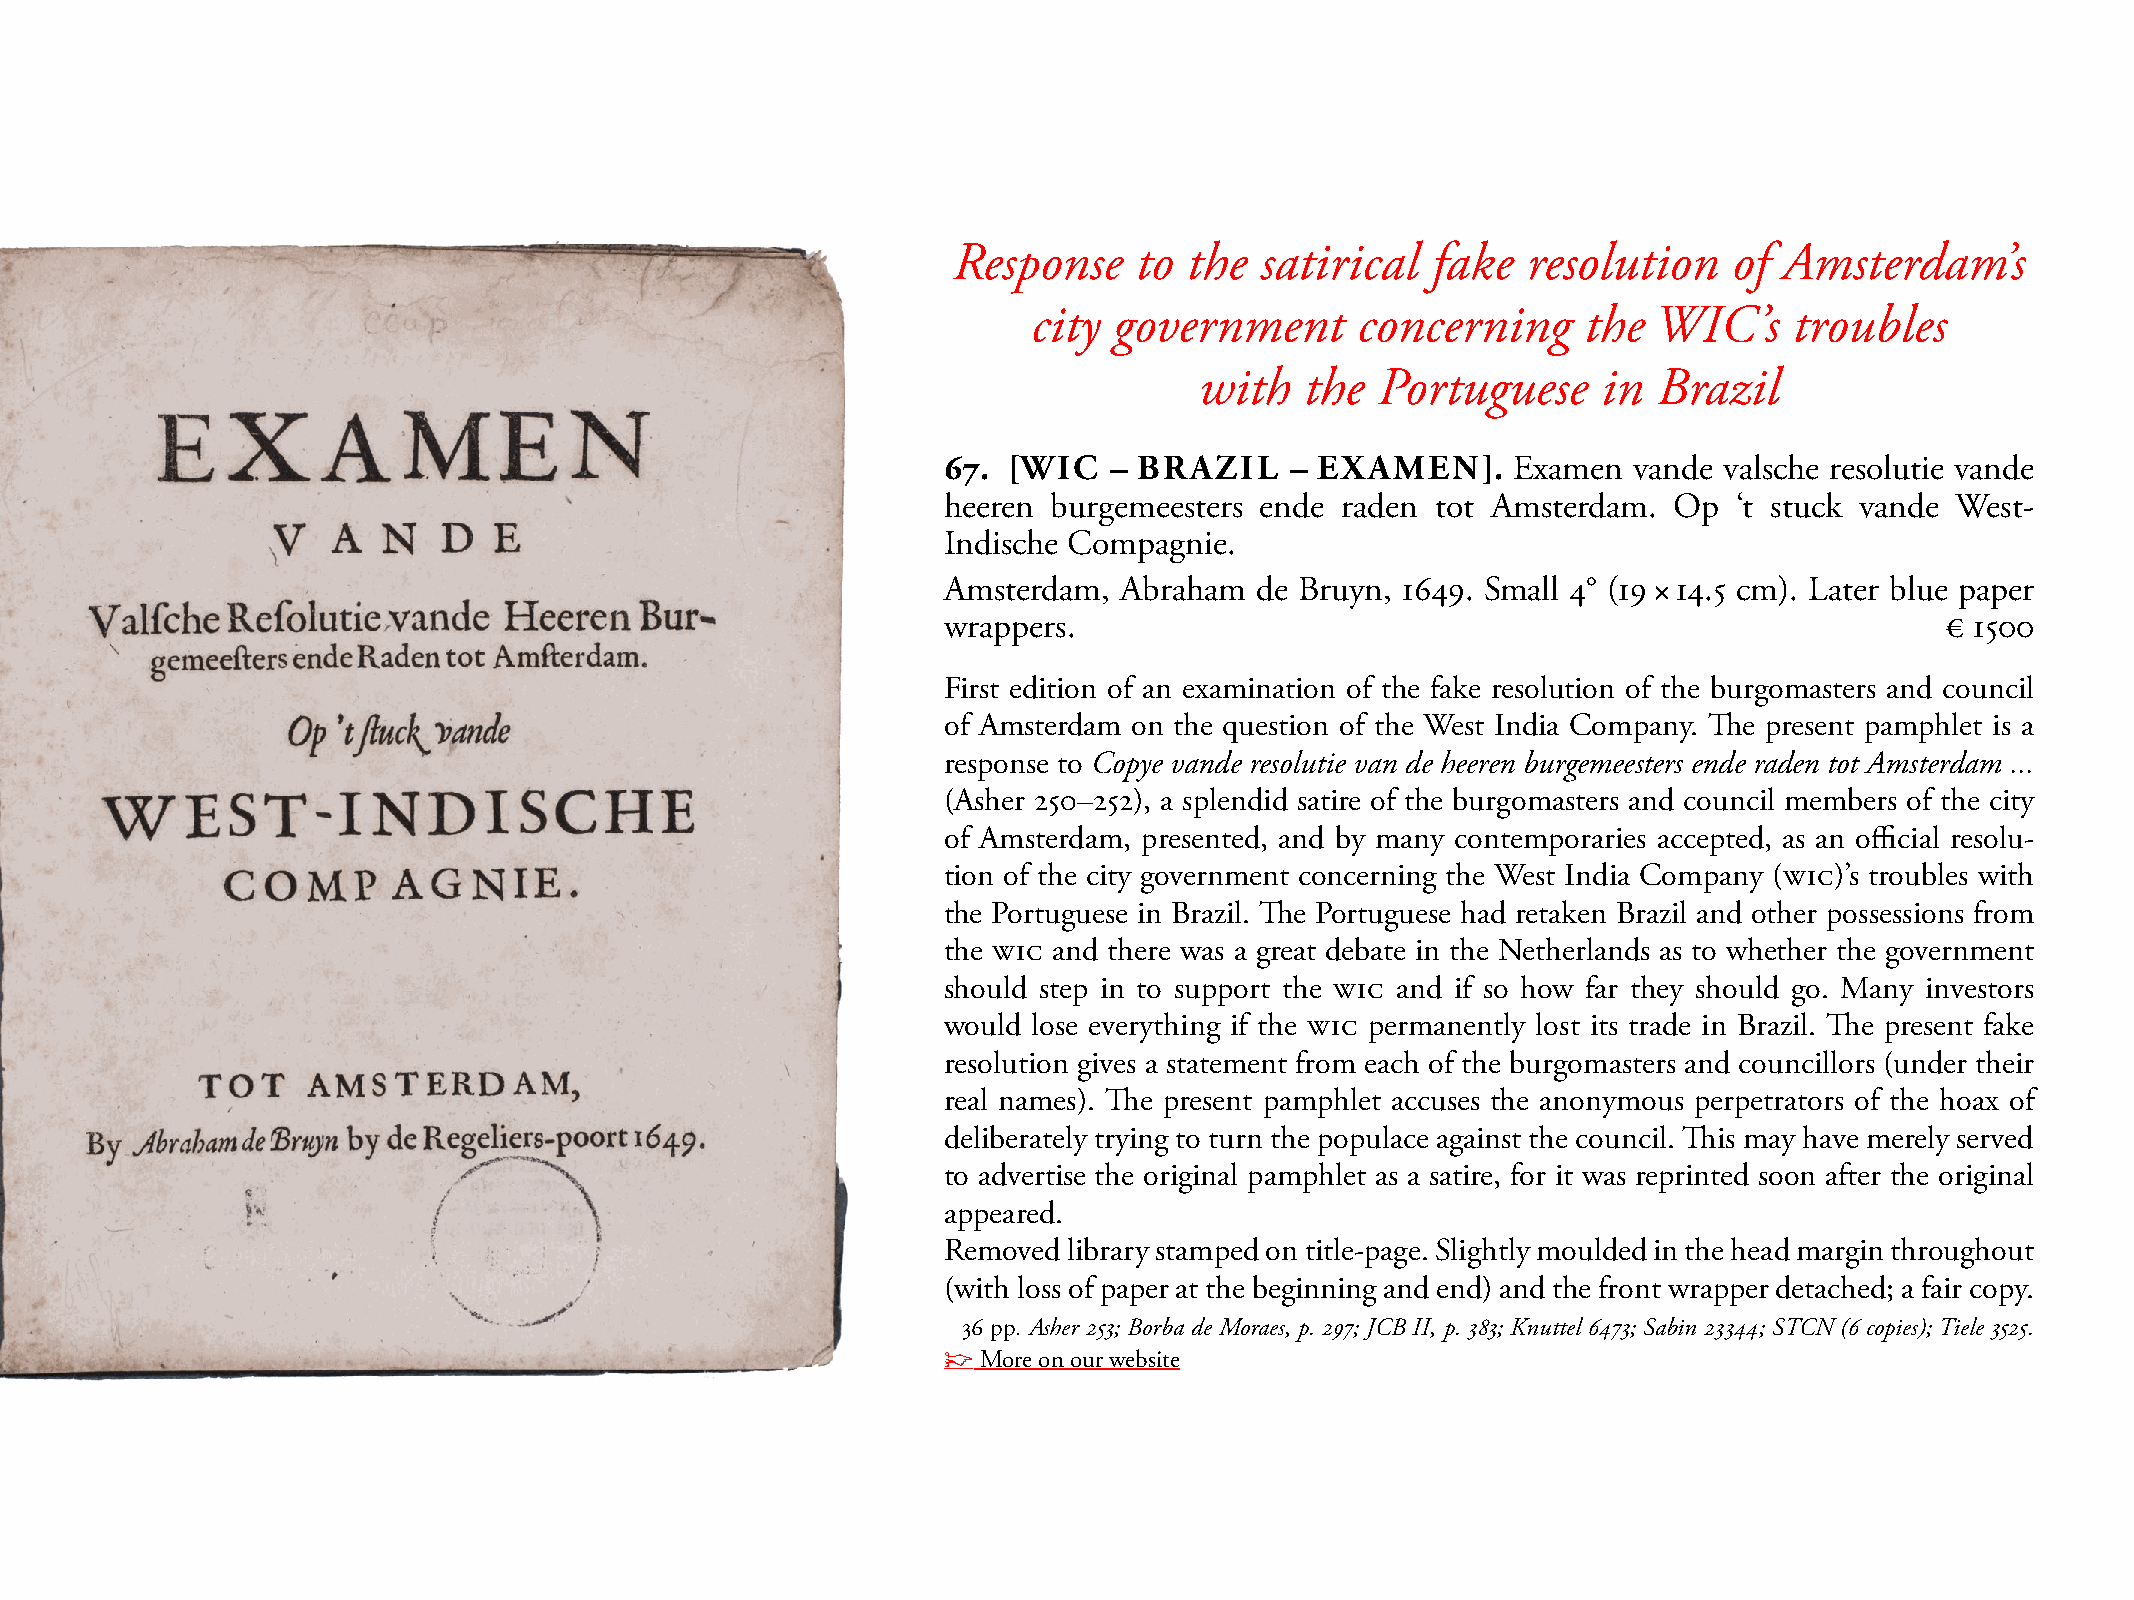
Response    to  the satirical   fake  resolution    of Amsterdam’s
 city  government      concerning     the  WIC’s    troubles
 with   the  Portuguese     in  Brazil
 67.  [WIC   – BRAZIL   – EXAMEN].     Examen  vande valsche resolutie vande
 heeren  burgemeesters ende raden tot Amsterdam.  Op  ‘t stuck vande West-
 Indische Compagnie.
 Amsterdam,  Abraham  de Bruyn, 1649. small 4° (19 × 14.5 cm). Later blue paper
 wrappers.                                                          € 1500
 First edition of an examination of the fake resolution of the burgomasters and council
 of Amsterdam on the question of the West India Company. The present pamphlet is a
 response to Copye vande resolutie van de heeren burgemeesters ende raden tot Amsterdam ...
 (Asher 250–252), a splendid satire of the burgomasters and council members of the city
 of Amsterdam, presented, and by many contemporaries accepted, as an official resolu-
 tion of the city government concerning the West India Company (WIC)’s troubles with
 the Portuguese in Brazil. The Portuguese had retaken Brazil and other possessions from
 the WIC and there was a great debate in the Netherlands as to whether the government
 should step in to support the WIC and if so how far they should go. many investors
 would lose everything if the WIC permanently lost its trade in Brazil. The present fake
 resolution gives a statement from each of the burgomasters and councillors (under their
 real names). The present pamphlet accuses the anonymous perpetrators of the hoax of
 deliberately trying to turn the populace against the council. This may have merely served
 to advertise the original pamphlet as a satire, for it was reprinted soon after the original
 appeared.
 Removed  library stamped on title-page. slightly moulded in the head margin throughout
 (with loss of paper at the beginning and end) and the front wrapper detached; a fair copy.
 36 pp. Asher 253; Borba de Moraes, p. 297; JCB II, p. 383; Knuttel 6473; Sabin 23344; STCN (6 copies); Tiele 3525.
 ☞  more on our website